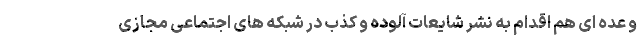
و عده ای هم اقدام به نشر شایعات آلوده و کذب در شبکه های اجتماعی مجازی